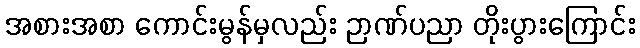
အစားအစာ ကောင်းမွန်မှလည်း ဉာဏ်ပညာ တိုးပွားကြောင်း